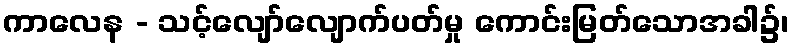
ကာလေန - သင့်လျော်လျောက်ပတ်မှု ကောင်းမြတ်သောအခါ၌၊